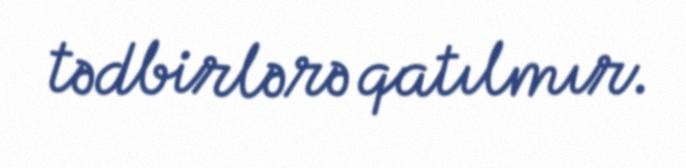
tədbirlərə qatılmır.